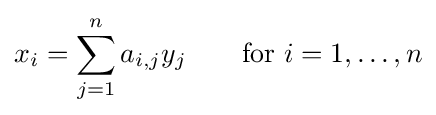
x_{i}=\sum _{j=1}^{n}a_{i,j}y_{j}\qquad {\text{for }}i=1,\ldots ,n